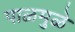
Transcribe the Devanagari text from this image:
पाळमुळे